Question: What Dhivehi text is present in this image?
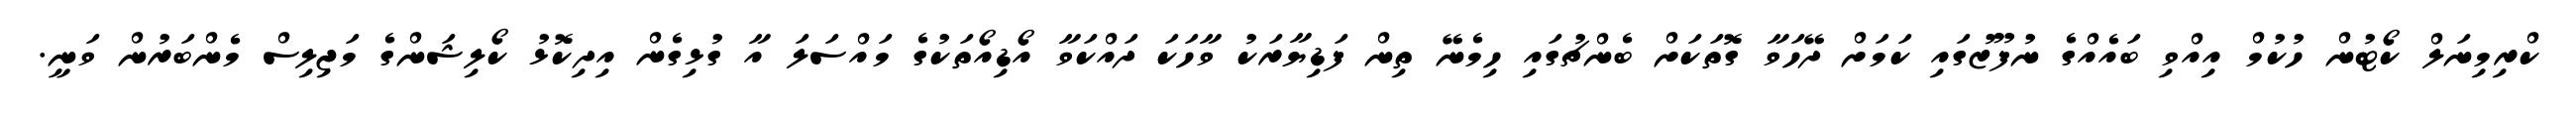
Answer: ކްރިމިނަލް ކޯޓުން ހުކުމް އިއްވި ބައެއްގެ ނުފޫޒުގައި ކަމަށް ދޭހަވާ ގޮތަކަށް ބެންޗުގައި ހިމެނޭ ތިން ފަޑިޔާރަކު ވާހަކަ ދައްކަވާ އޯޑިއޯތަކުގެ މައްސަލަ އާ ގުޅިގެން އިދިކޮޅު ކޯލިޝަންގެ މަޖިލިސް މެންބަރުން ވަނީ.